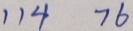
1 1 4 7 6